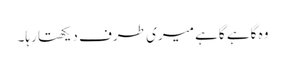
وہ گاہے گاہے میری طرف دیکھتا رہا۔